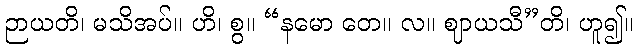
ဉာယတိ၊ မသိအပ်။ ဟိ၊ စွ။ “နမော တေ။ လ။ ဈာယသီ”တိ၊ ဟူ၍။